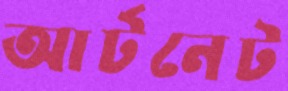
আর্টনেট